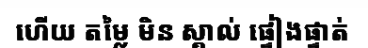
ហើយ តម្លៃ មិន ស្គាល់ ផ្ទៀងផ្ទាត់